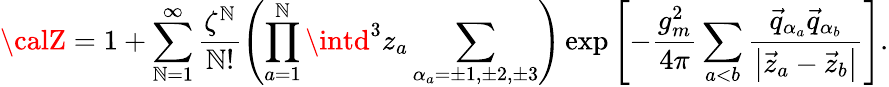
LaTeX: {\calZ}=1+\sum_{\mathbb{N}=1}^{\infty}\frac{{\zeta^{\mathbb{N}}}}{{\mathbb{N}!}}\left(\prod_{a=1}^{\mathbb{N}}\intd^{3}z_{a}\sum_{\alpha_{a}=\pm1,\pm2,\pm3}^{}\right)\exp\left[-\frac{{g_{m}^{2}}}{{4\pi}}\sum_{a<b}^{}\frac{{\vec{{q}}_{\alpha_{a}}\vec{{q}}_{\alpha_{b}}}}{{\left|\vec{{z}}_{a}-\vec{{z}}_{b}\right|}}\right].